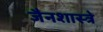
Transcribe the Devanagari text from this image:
जैनशास्त्रे